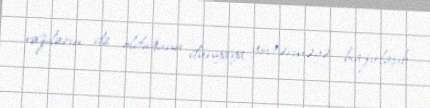
razıların da olduğunu dünyaya göstərməyə hazırlaşıb.